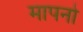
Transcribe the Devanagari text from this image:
मापनो